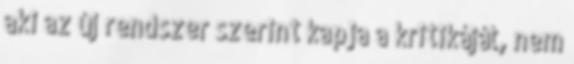
aki az új rendszer szerint kapja a kritikáját, nem